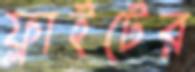
ফ্লাইটের